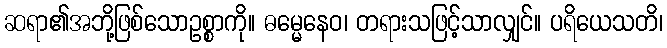
ဆရာ၏အဘို့ဖြစ်သောဥစ္စာကို။ ဓမ္မေနေဝ၊ တရားသဖြင့်သာလျှင်။ ပရိယေသတိ၊